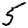
Digit: 5